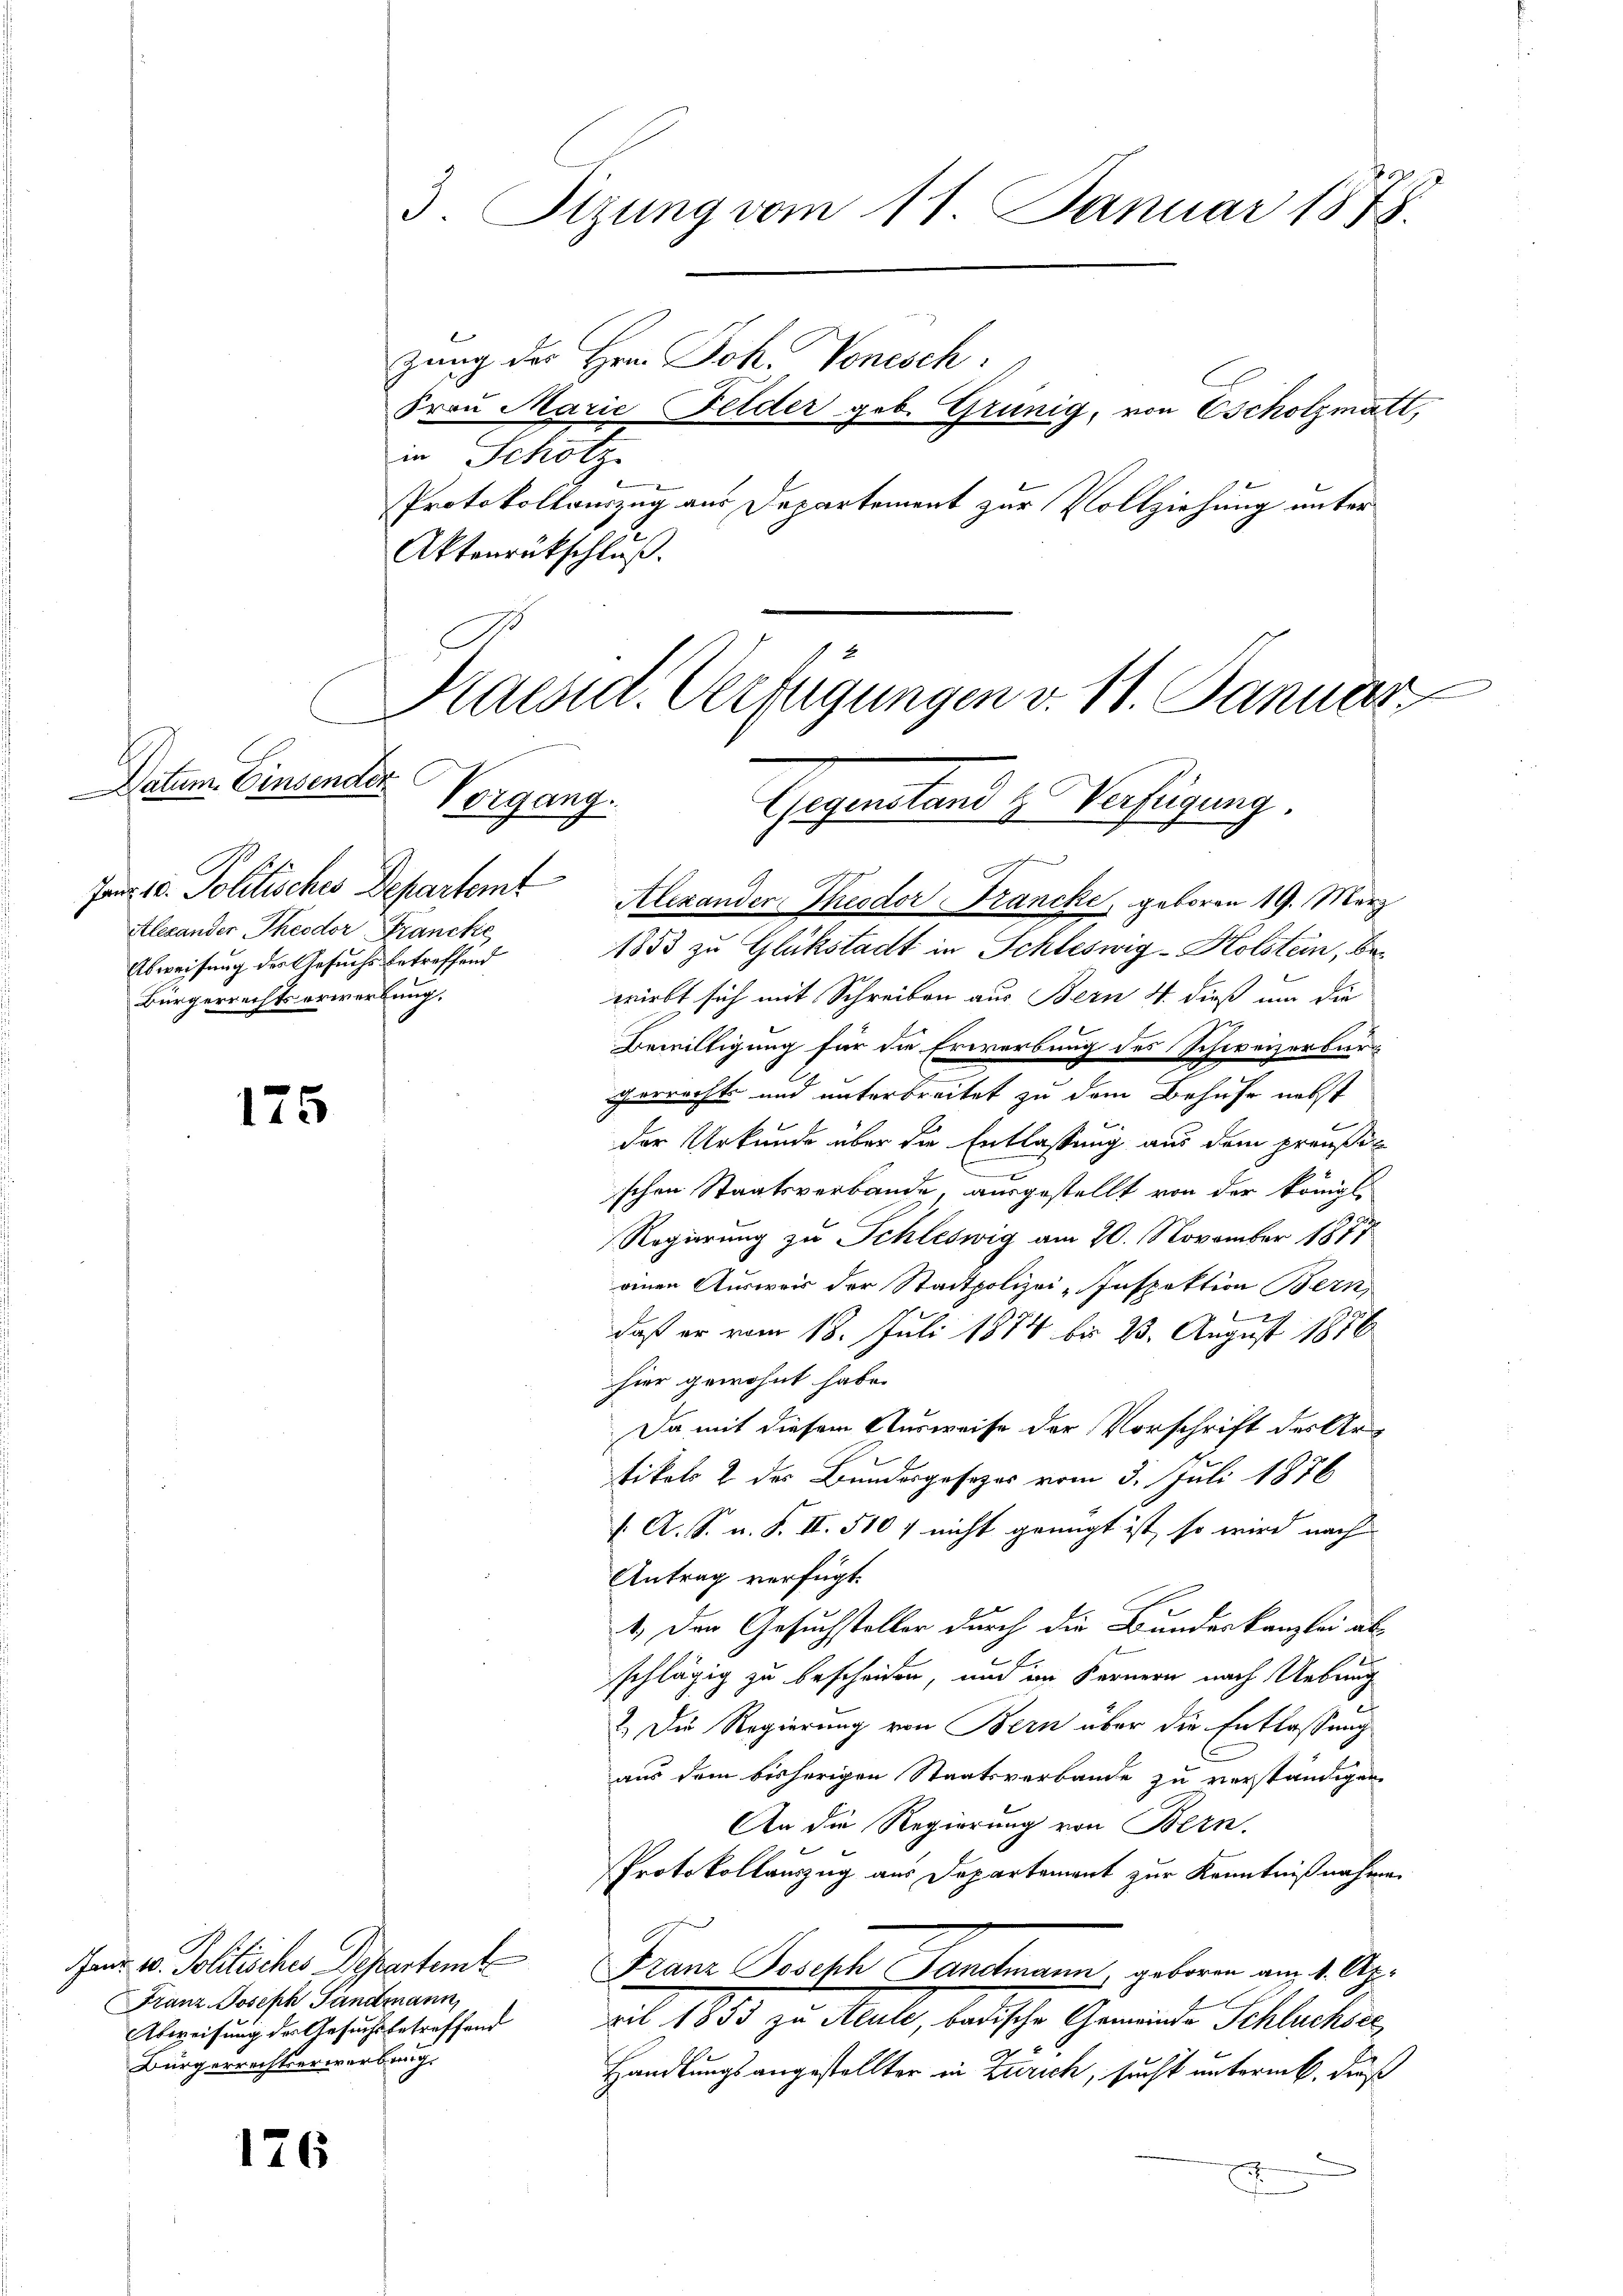
Datum Einsender
Jag 8. Politisches Departemt
Alexander Theodor Francke
Abweisung des Gesuchs betreffend
Bürgerrechtserwerbung,

175

Franz Joseph Landmann,
Abweisung der Gesuchs betreffend
Bürgerrechtserwerbung.

126

Aktenrückschluß.

3. Sizung vom 11. Januar 1878.
zung des Hrn. Joh. Vonesch
Frau Marie Felder geb. Grünig, von Cscholzmatt,
in Schotz
Protokollauszug aus Departement zur Vollziehung unter

Maesid. Verfügungen v. 11. Januar
Vorgang.
Gegenstand & Verfügung

Alexander Theodor Francke, geboren 19. März
1853 zu Glükstadt in Schleswig-Holstein, bewirbt sich mit Schreiben aus Bern 4. dieß um die
Bewilligung für die Erwerbung des Schweizerbürg
gerrecht und unterbreitet zu dem Behufe nebst
der Urkunde über die Entlassung aus dem preußis
schen Staatsverbande, ausgestellt von der königl.
Regierung zu Schleswig am 20. November 1877
einen Ausweis der Stadtpolizei-Inspektion Bern,
b
daß er vom 18. Juli 1874 bis 23. August 1886
hier gewohnt habe.
Da mit diesem Ausweise der Vorschrift des Artikels 2 des Bundesgesezes vom 3. Juli 1876
/. A. S. u. F. II. 510 / nicht genügt ist, so wird nach
Antrag verfügt:
4.) Den Gesuchsteller durch die Bundeskanzlei abschlägig zu bescheiden, und im Fernern nach Uebung
2.) Die Regierung von Bern über die Entlassung
aus dem bisherigen Staatsverbande zu verständigen
An die Regierung von Bern.
Protokollauszug aus Departement zur Kenntnißnahmen
ai v. Politische Departem Franz Joseph Pandtmann, geboren am 1. Apx
ril 1853 zu Aeule, badische Gemeinde Schluchsee
Handlungs angestellter in Zürich, sucht unterm 6. dieß
x